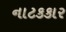
નાટકકાર